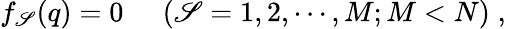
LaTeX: f_{\mathscr{S}}(q)=0\; \; \; \; \; (\mathscr{S}=1,2,\cdots,M;M<N)\; ,